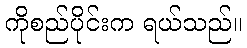
ကိုစည်ပိုင်းက ရယ်သည်။